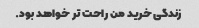
زندگی خرید من راحت تر خواهد بود.